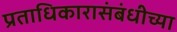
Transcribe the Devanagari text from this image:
प्रताधिकारासंबंधीच्या